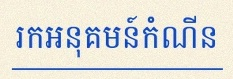
រកអនុគមន៍កំណើន